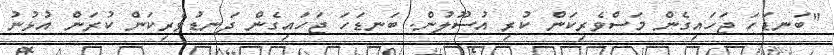
"ބަނޑަހަ ޖަހައިގެން މަސްވެރިކަން ކުރި އުސޫލުން. ބަނޑަހަ ޖަހައިގެން ދަނޑުވެރިކަން ކުރަން އުޅުނު